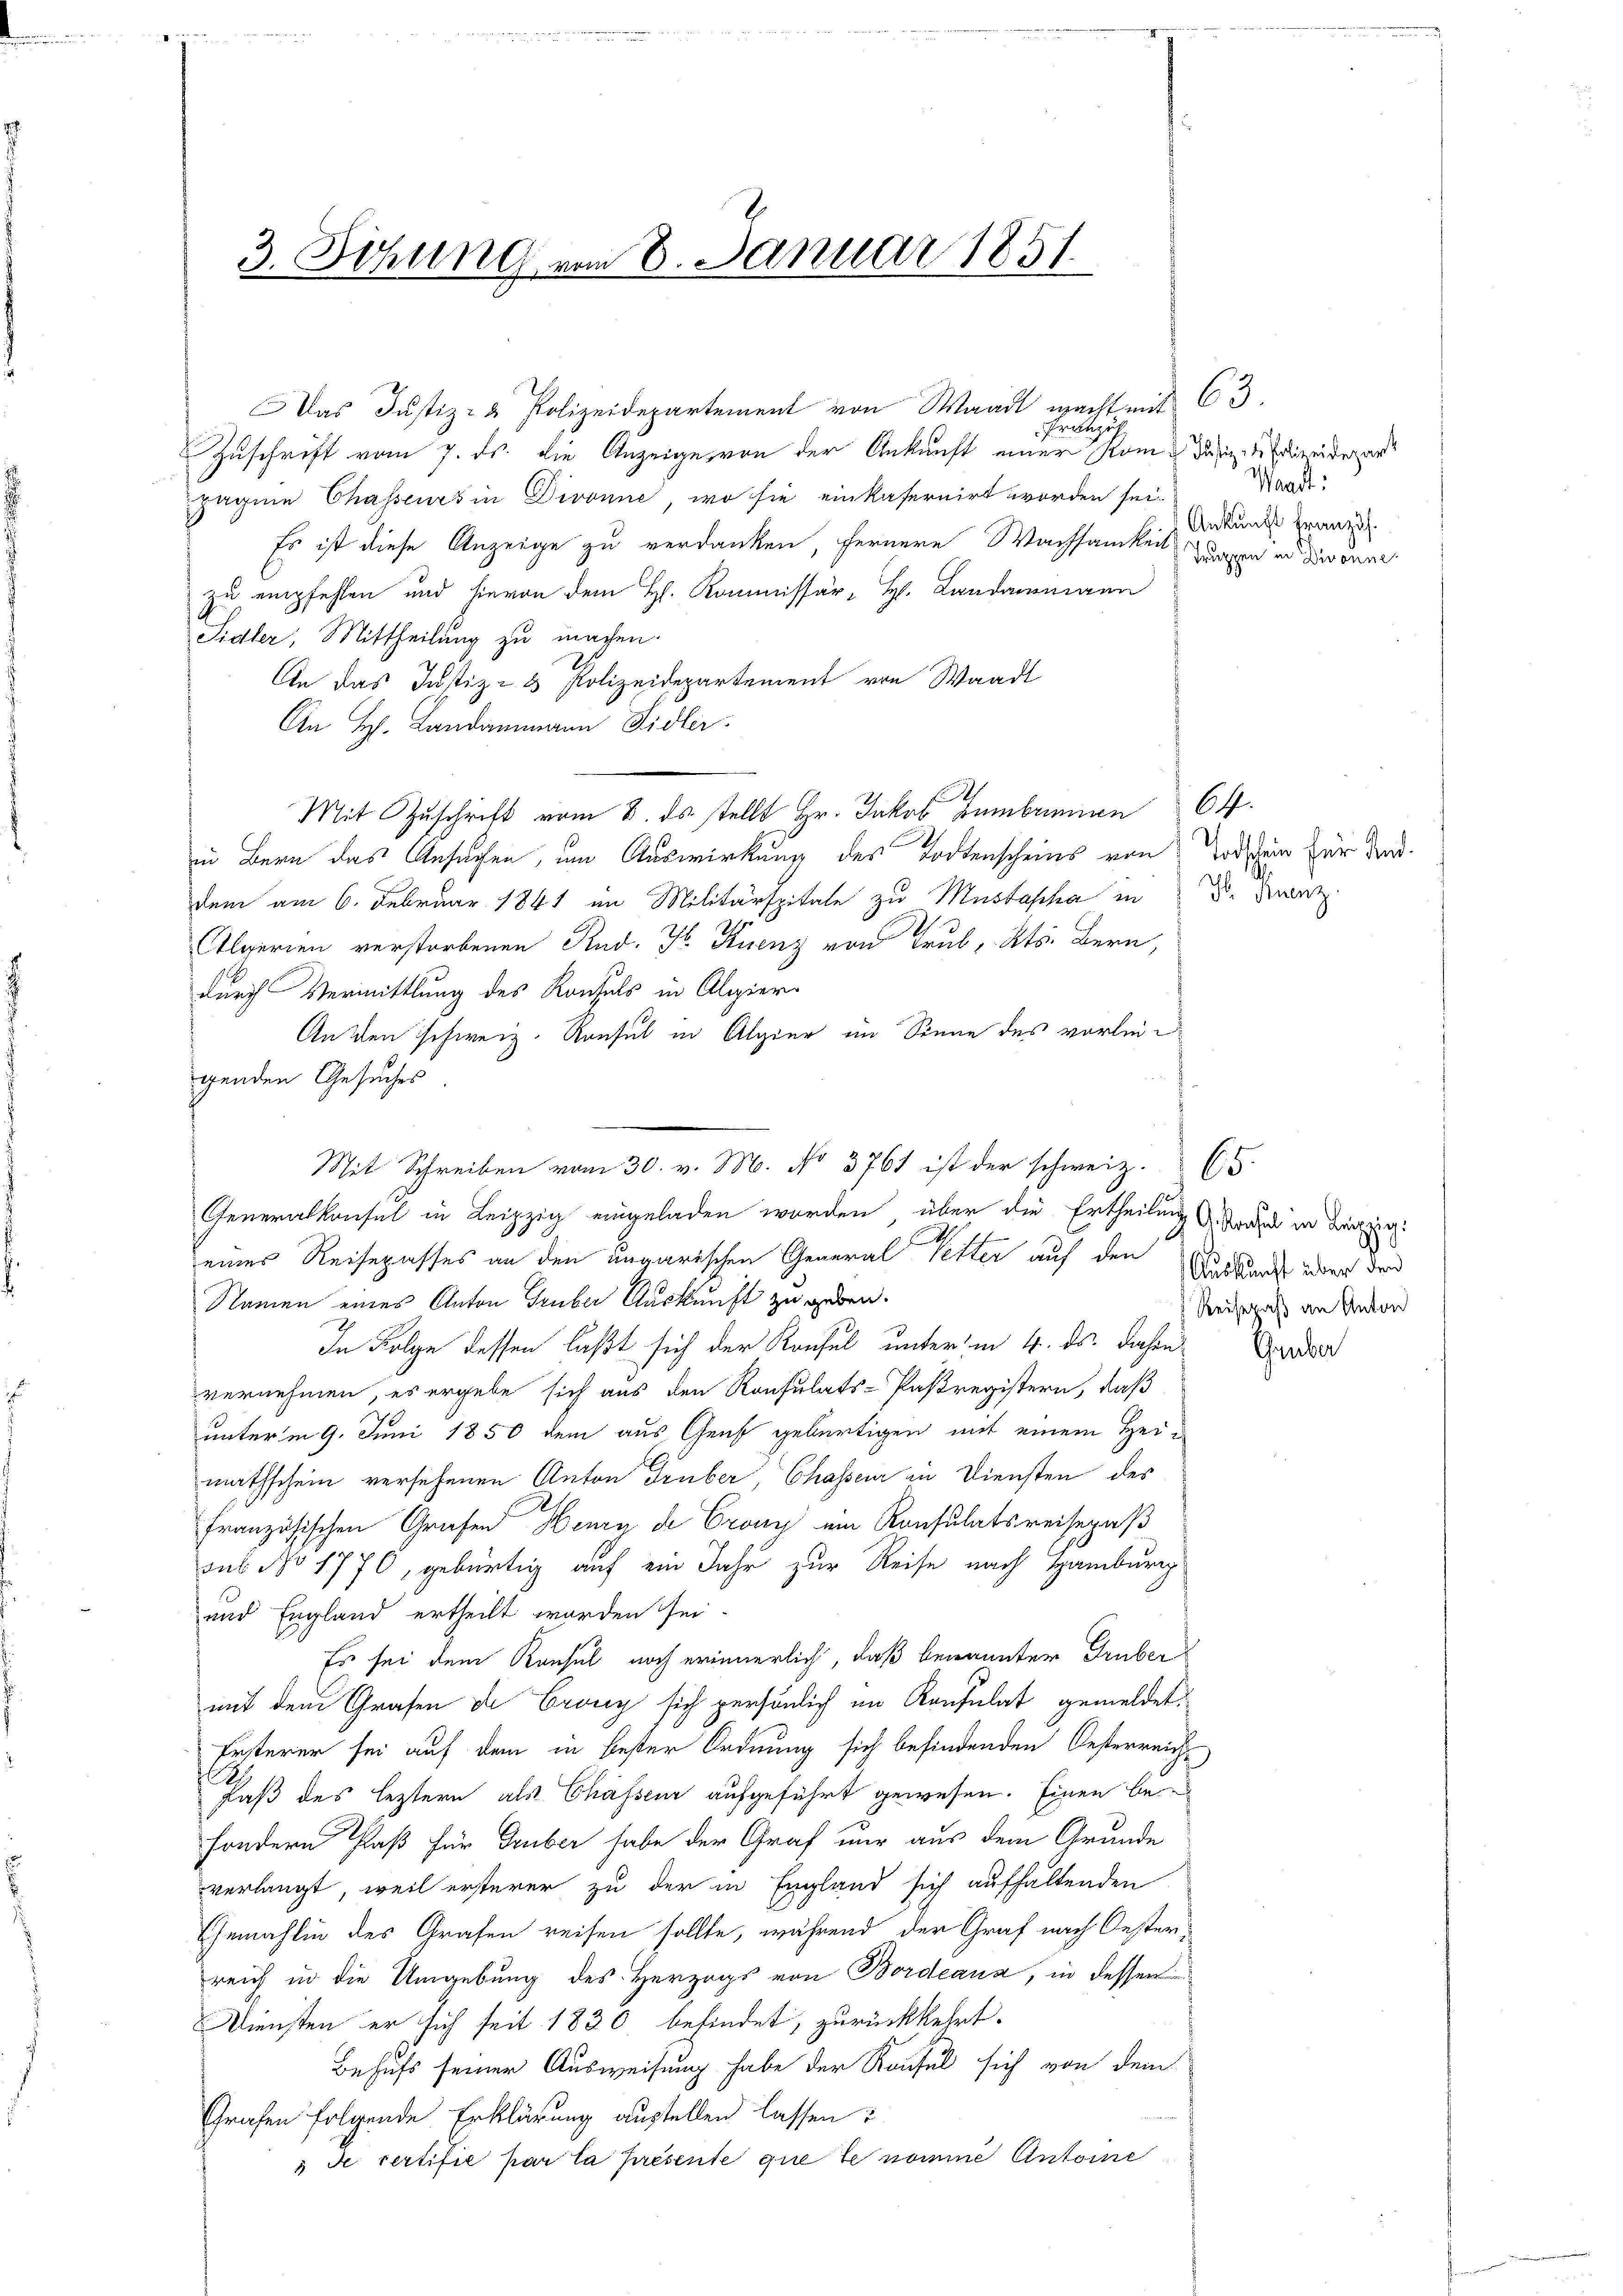
3. Sitzung vom 8. Januar 1851.

Das Justiz- & Polizeidepartement von Waadt macht mit 63.
Zuschrift vom 7. ds. die Anzeige von der Ankunft einer Rom das der Erreiderr
pagene Chasseurs in Divonne, wo sie einkafernirt worden sei.
Es ist diese Anzeige zu verdanken, fernere Wachsamkeit wagen und dann
zu empfehlen und hievon dem H. Kommissär H. Landammann
Sidler, Mittheilung zu machen.
An das Justiz- & Polizeidepartement von Waadt
An H. Landammann Sidler.
.
Mit Zuschrift vom 8. ds. stellt Hr. Jakob Bumbrunnen 64.
in Bern das Ansuchen, um Auswirkung des Todtenscheins von Todessen für den
dem am 6. Februar 1841 im Militärspitale zu Mustopha in die Franz
e
Algerien verstorbenen Rud. H. Kuenz von Trüb, Kts. Bern,
durch Vermittlung des Konsuls in Alpier
An den schweiz. Konsul in Alpier im Sinne des vorleigenden Gesuches
Generalkonsul in Leipzig eingeladen worden, über die Ertheilung Stand in Bezir
eines Reisepasses an den ungarischen General Petter auf den Ankauf über den
Namen eines Anton Gruber Auskunft zu gedan¬
In Folge dessen laßt sich der Konsul unter in 4. ds. dahin
vernehmen, es ergebe sich aus den Konsulats-Pasregistern, daß
unterm 9. Juni 1850 dem aus Genf gebürtigen mit einem Heimathschein versehenen Anton Truber, Chasseur in Diensten des
21.
französischen Grafen Henry de Crony ein Konsulatsreisepaß
sus No 1770, gebürtig auf ein Jahr zur Reise nach Hamburg
und England ertheilt worden sei
Es sei dem Konsul noch erinnerlich, daß benannter Truber
mit dem Grafen de Crony sich persönlich im Konsulat gemeldet.
Ersterer sei auf dem in bester Ordnung sich befindenden Oesterreich
Faß des leztern als Chassene aufgeführt gewesen. Einen besondern Paß für Gruber habe der Graf nur aus dem Grunde
verlangt, weil ersterer zu der in England sich aufhaltenden
Ehemahlin des Grafen reisen sollte, während der Graf nach Oesterreich in die Umgebung des Herzogs von Bordeaux, in dessen
Diensten er sich seit 1830 befindet, zurückkehrt.
Behufs seiner Ausweisung habe der Raufel sich von dem
Grafen folgende Erklärung austellen lassen:
 de certifie par la présente que le nomme Antone

Fritzut

Mit Schreiben vom 30. v. M. No. 3761 ist der schweiz. (

Waadt:
Ankunft Französ.

Reisepaß an Anton

Gruber